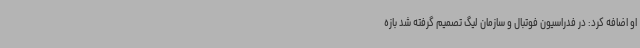
او اضافه کرد: در فدراسیون فوتبال و سازمان لیگ تصمیم گرفته شد بازه